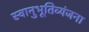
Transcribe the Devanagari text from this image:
स्वानुभूतिव्यंजना